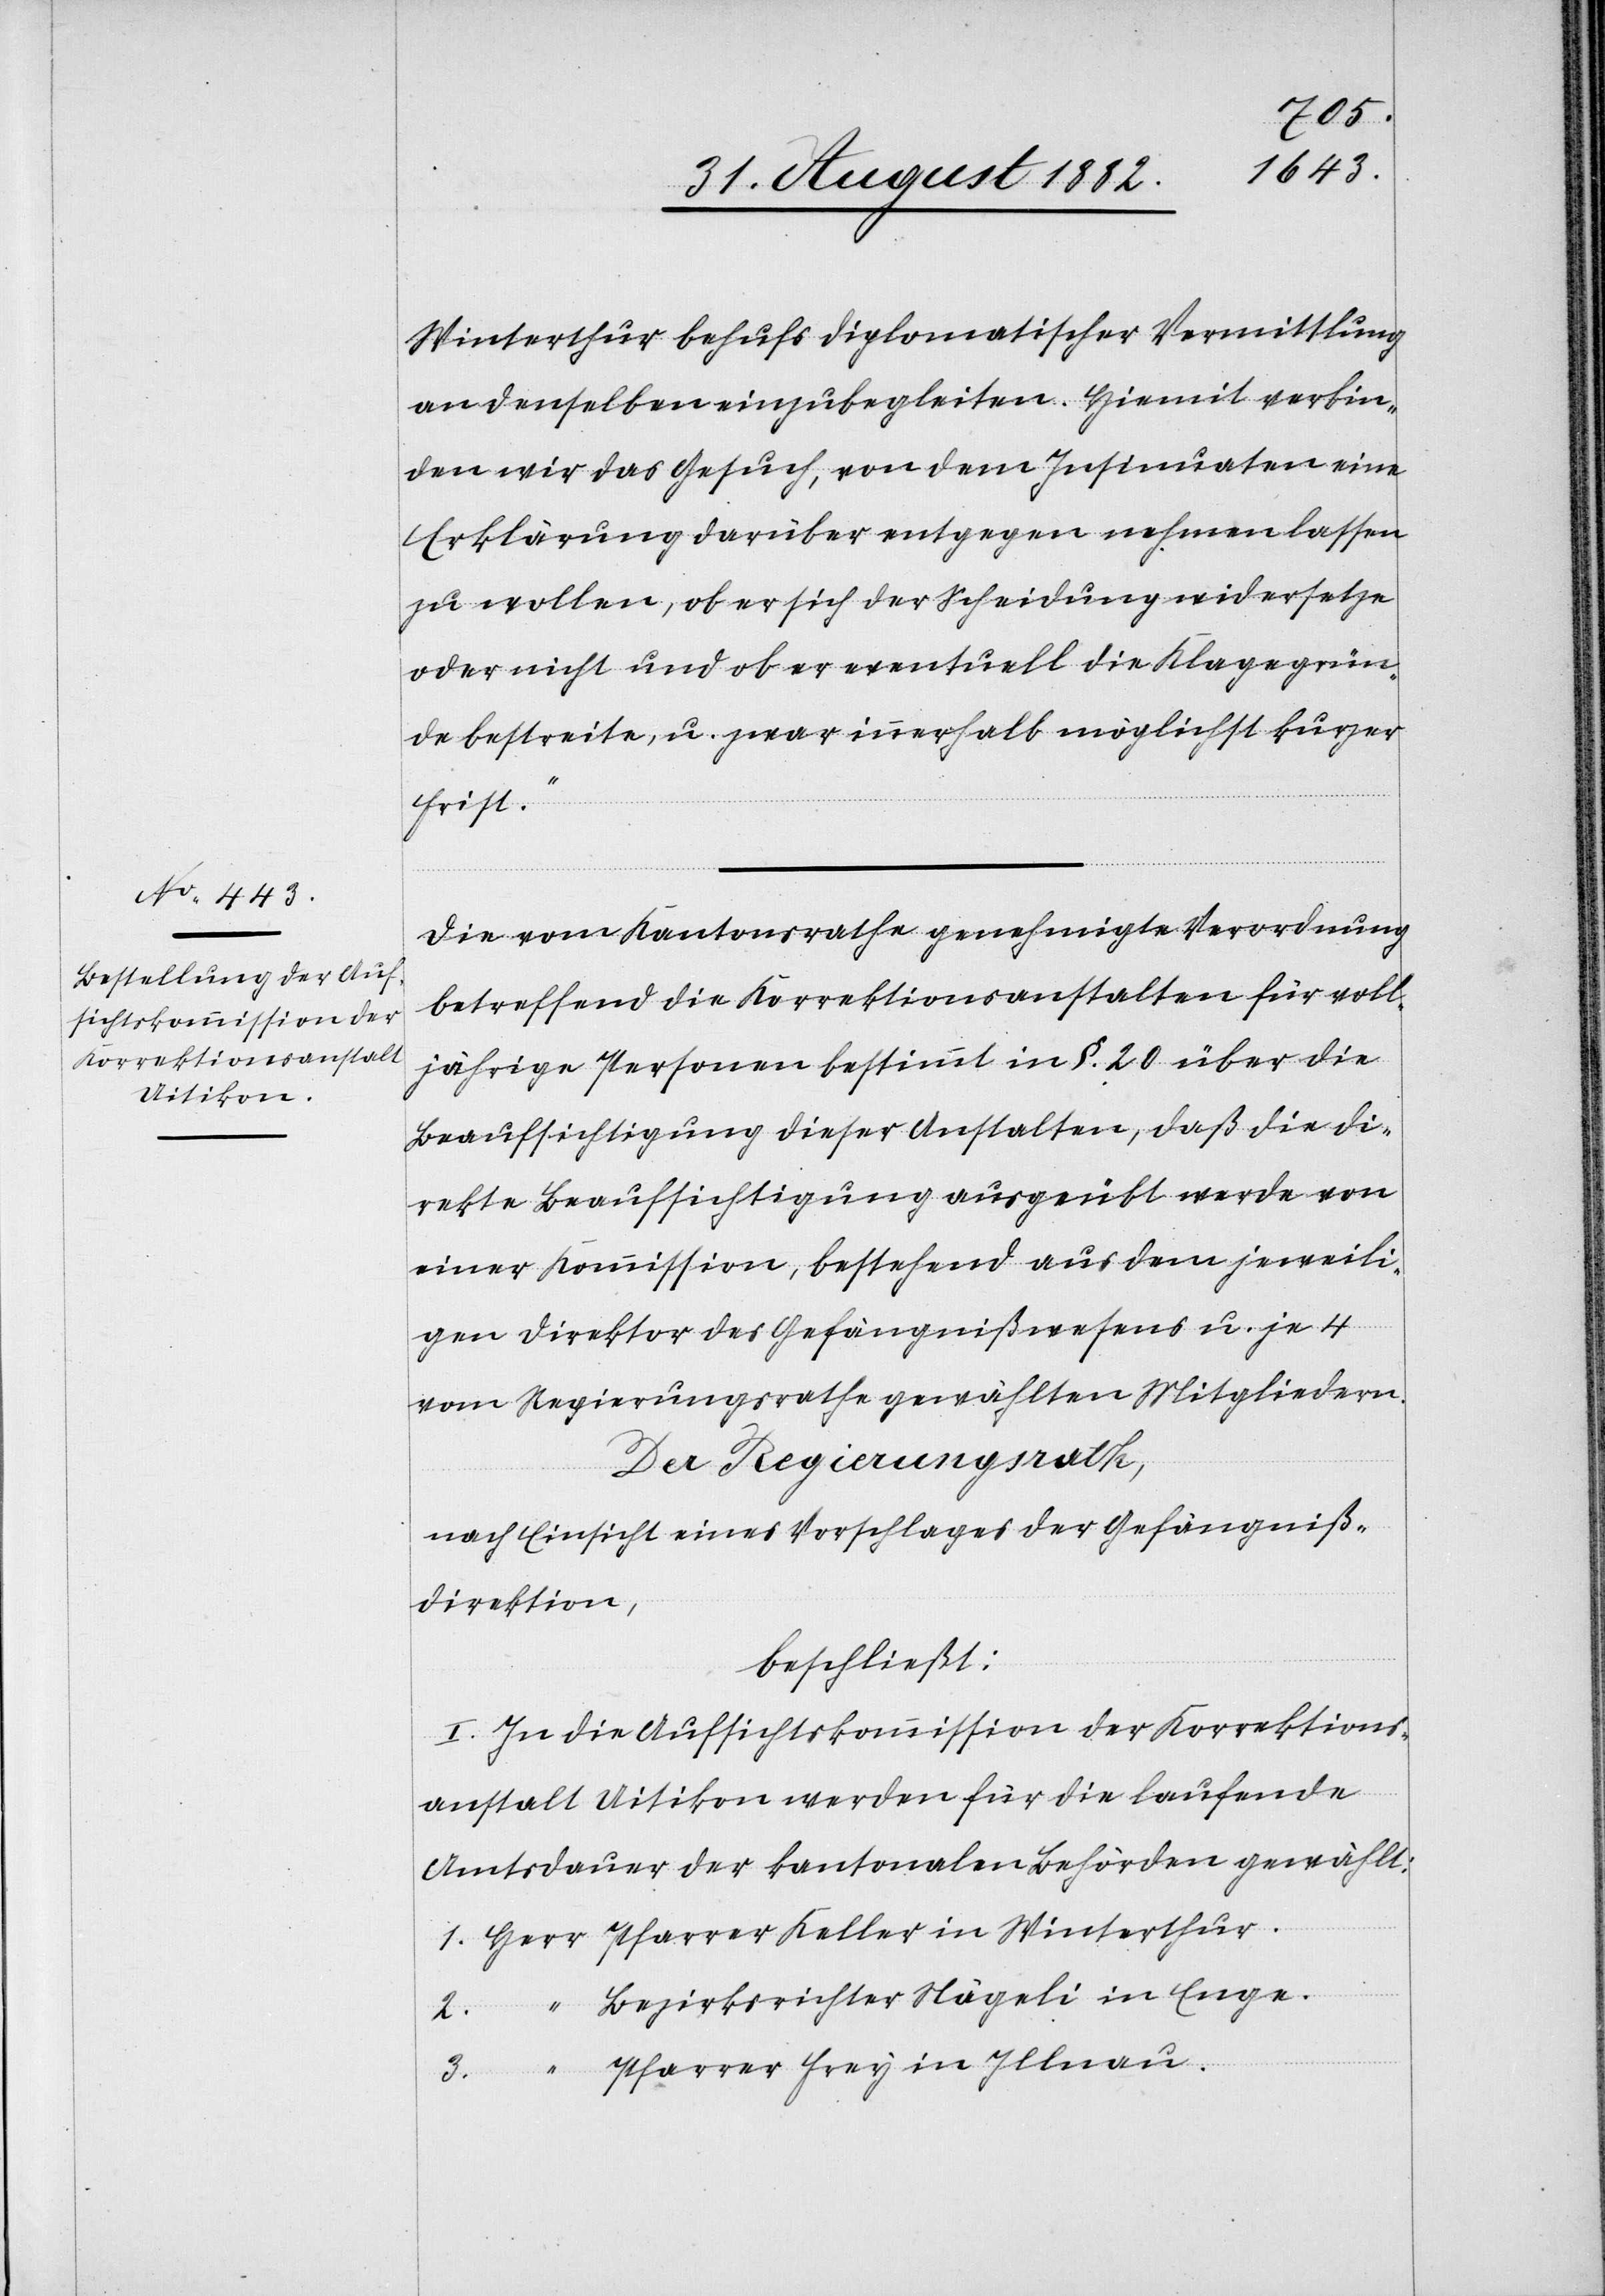
Winterthur behufs diplomatischer Vermittlung
an denselben einzubegleiten. Hiemit verbin¬
den wir das Gesuch, von dem Insinuaten eine
Erklärung darüber entgegen nehmen lassen
zu wollen, ob er sich der Scheidung widersetze
oder nicht und ob er eventuell die Klagegrün¬
de bestreite, u. zwar innerhalb möglichst kurzer
Frist.“
Die vom Kantonsrathe genehmigte Verordnung
betreffend die Korrektionsanstalten für voll¬
jährige Personen bestimmt in §. 20 über die
Beaufsichtigung dieser Anstalten, daß die di¬
rekte Beaufsichtigung ausgeübt werde von
einer Kommission, bestehend aus dem jeweili¬
gen Direktor des Gefängnißwesens u. je 4
vom Regierungsrathe gewählten Mitgliedern.
Der Regierungsrath,
nach Einsicht eines Vorschlages der Gefängniß¬
direktion,
beschließt:
I. In die Aufsichtskommission der Korrektions¬
anstalt Uitikon werden für die laufende
Amtsdauer der kantonalen Behörden gewählt:
Bezirksrichter Nägeli in Enge.